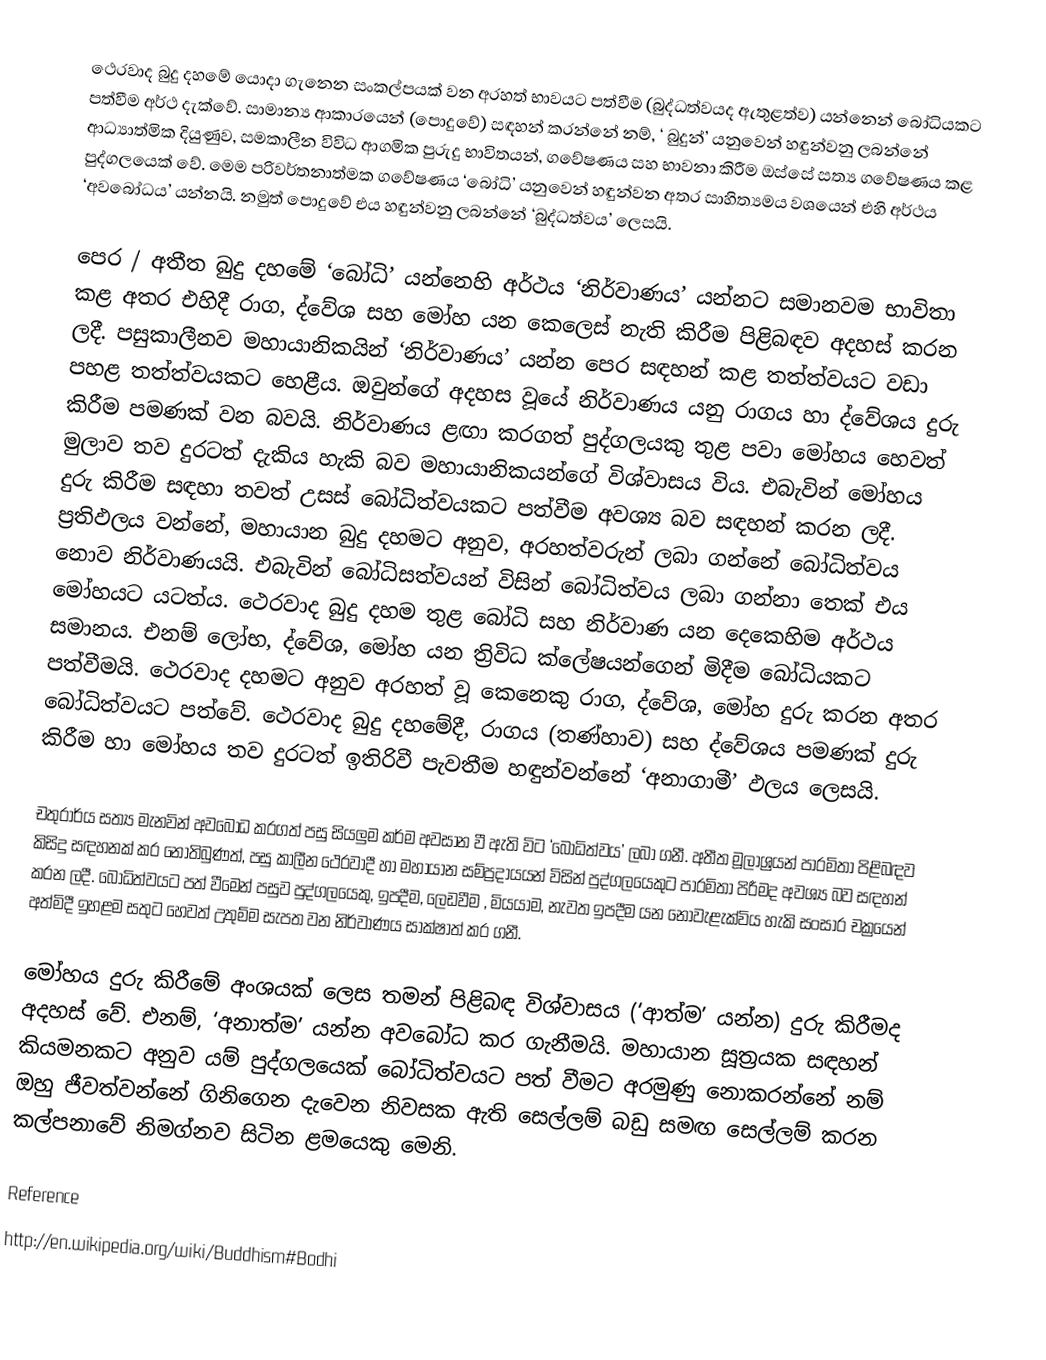
ථෙරවාද බුදු දහමේ යොදා ගැනෙන සංකල්පයක් වන අරහත් භාවයට පත්වීම (බුද්ධත්වයද ඇතුළත්ව) යන්නෙන් බෝධියකට පත්වීම අර්ථ දැක්වේ. සාමාන්‍ය ආකාරයෙන් (පොදුවේ) සඳහන් කරන්නේ නම්, ‘ බුදුන්’ යනුවෙන් හඳුන්වනු ලබන්නේ ආධ්‍යාත්මික දියුණුව, සමකාලීන විවිධ ආගමික පුරුදු භාවිතයන්, ගවේෂණය සහ භාවනා කිරීම ඔස්සේ සත්‍ය ගවේෂණය කළ පුද්ගලයෙක් වේ. මෙම පරිවර්තනාත්මක ගවේෂණය ‘බෝධි’ යනුවෙන් හඳුන්වන අතර සාහිත්‍යමය වශයෙන් එහි අර්ථය ‘අවබෝධය’ යන්නයි. නමුත් පොදුවේ එය හඳුන්වනු ලබන්නේ ‘බුද්ධත්වය’ ලෙසයි.

පෙර / අතීත බුදු දහමේ ‘බෝධි’ යන්නෙහි අර්ථය ‘නිර්වාණය’ යන්නට සමානවම භාවිතා කළ අතර එහිදී රාග, ද්වේශ සහ මෝහ යන කෙලෙස් නැති කිරීම පිළිබඳව අදහස් කරන ලදී. පසුකාලීනව මහායානිකයින් ‘නිර්වාණය’ යන්න පෙර සඳහන් කළ තත්ත්වයට වඩා පහළ තත්ත්වයකට හෙළීය. ඔවුන්ගේ අදහස වූයේ  නිර්වාණය යනු රාගය හා ද්වේශය දුරු කිරීම පමණක් වන බවයි. නිර්වාණය ළඟා කරගත් පුද්ගලයකු තුළ පවා මෝහය හෙවත් මුලාව තව දුරටත් දැකිය හැකි බව මහායානිකයන්ගේ විශ්වාසය විය. එබැවින් මෝහය දුරු කිරීම සඳහා තවත් උසස් බෝධිත්වයකට පත්වීම අවශ්‍ය බව සඳහන් කරන ලදී. ප්‍රතිඵලය වන්නේ, මහායාන බුදු දහමට අනුව, අරහත්වරුන් ලබා ගන්නේ බෝධිත්වය නොව නිර්වාණයයි. එබැවින් බෝධිසත්වයන් විසින් බෝධිත්වය ලබා ගන්නා තෙක් එය මෝහයට යටත්ය. ථෙරවාද බුදු දහම තුළ බෝධි සහ නිර්වාණ යන දෙකෙහිම අර්ථය සමානය. එනම් ලෝභ, ද්වේශ, මෝහ යන ත්‍රිවිධ ක්ලේෂයන්ගෙන් මිදීම බෝධියකට පත්වීමයි. ථෙරවාද දහමට අනුව අරහත් වූ කෙනෙකු රාග, ද්වේශ, මෝහ දුරු කරන අතර බෝධිත්වයට පත්වේ. ථෙරවාද බුදු දහමේදී, රාගය (තණ්හාව) සහ ද්වේශය පමණක් දුරු කිරීම හා මෝහය තව දුරටත් ඉතිරිවී පැවතීම හඳුන්වන්නේ ‘අනාගාමී’ ඵලය ලෙසයි.

චතුරාර්ය සත්‍ය මැනවින් අවබෝධ කරගත් පසු සියලුම කර්ම අවසාන වී ඇති විට ‘බෝධිත්වය’ ලබා ගනී. අතීත මූලාශ්‍රයන් පාරමිතා පිළිබඳව කිසිදු සඳහනක් කර නොතිබුණත්, පසු කාලීන ථෙරවාදී හා මහායාන සම්ප්‍රදායයන් විසින් පුද්ගලයෙකුට පාරමිතා පිරීමද අවශ්‍ය බව සඳහන් කරන ලදී. බෝධිත්වයට පත් වීමෙන් පසුව පුද්ගලයෙකු, ඉපදීම, ලෙඩවීම , මියයාම, නැවත ඉපදීම යන නොවැළැක්විය හැකි සංසාර චක්‍රයෙන් අත්මිදී ඉහළම සතුට හෙවත් උතුම්ම සැපත වන නිර්වාණය සාක්ෂාත් කර ගනී.

මෝහය දුරු කිරීමේ අංශයක් ලෙස තමන් පිළිබඳ විශ්වාසය (‘ආත්ම’ යන්න) දුරු කිරීමද අදහස් වේ. එනම්, ‘අනාත්ම’ යන්න අවබෝධ කර ගැනීමයි. මහායාන සූත්‍රයක සඳහන් කියමනකට අනුව යම් පුද්ගලයෙක් බෝධිත්වයට පත් වීමට අරමුණු නොකරන්නේ නම් ඔහු ජීවත්වන්නේ ගිනිගෙන දැවෙන නිවසක ඇති සෙල්ලම් බඩු සමඟ සෙල්ලම් කරන කල්පනාවේ නිමග්නව සිටින ළමයෙකු මෙනි.

Reference
http://en.wikipedia.org/wiki/Buddhism#Bodhi